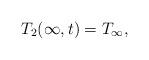
LaTeX: \begin{align*} T_2(\infty,t)=T_{\infty},\end{align*}